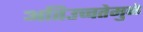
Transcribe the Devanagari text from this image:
अतिउच्चतेमुळे